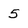
Character: 5